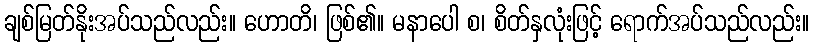
ချစ်မြတ်နိုးအပ်သည်လည်း။ ဟောတိ၊ ဖြစ်၏။ မနာပေါ စ၊ စိတ်နှလုံးဖြင့် ရောက်အပ်သည်လည်း။